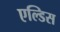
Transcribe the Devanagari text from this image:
एल्डिस